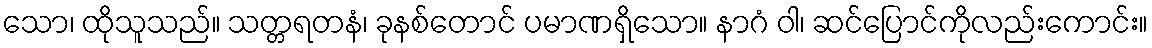
သော၊ ထိုသူသည်။ သတ္တရတနံ၊ ခုနစ်တောင် ပမာဏရှိသော။ နာဂံ ဝါ၊ ဆင်ပြောင်ကိုလည်းကောင်း။